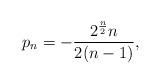
LaTeX: \begin{align*}p_{n}=-{\frac{2^{\frac{n}{2}}n}{2(n-1)}},\end{align*}